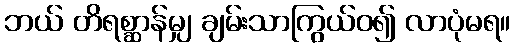
ဘယ် တိရစ္ဆာန်မျှ ချမ်းသာကြွယ်ဝ၍ လာပုံမရ။